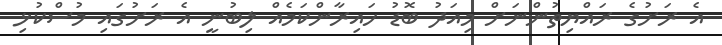
އެ ރަށުގެ ރައްޔިތުންނަށް މިއަދު ބޮޑު ހައިރާންކަމެއް ލިބުނީ އެ ރަށުގައި މުސްކުޅި